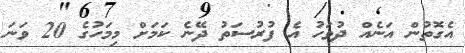
އެގޮތުން އަނެއް ދުވަހު އެ ފުރުސަތު ދޭނެ ކަމަށް މިމަހުގެ 20 ވަނަ